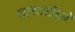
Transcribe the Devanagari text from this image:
चलवलिने